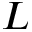
L